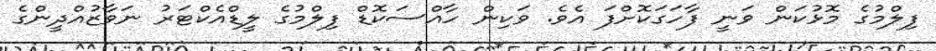
ފިލްމުގެ މޮޅުކަން ވަނީ ފާހަގަކޮށްފަ އެވެ. ވަކިން ހާއްސަކޮޑް ފިލްމުގެ ލީޑްއެކްޓަރު ނަވާޒުއްދީންގެ